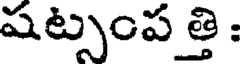
షట్సంప త్తి :